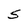
Character: S